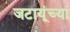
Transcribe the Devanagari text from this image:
जटायूंच्या